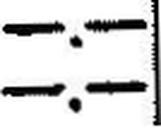
—.—